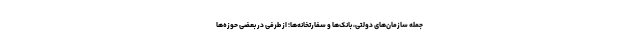
جمله سازمان‌های دولتی، بانک‌ها و سفارتخانه‌ها؛ از طرفی در بعضی حوزه‌ها